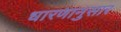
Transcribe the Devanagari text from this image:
धारणानुसार